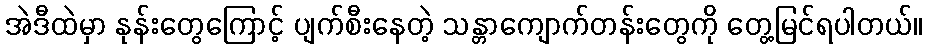
အဲဒီထဲမှာ နုန်းတွေကြောင့် ပျက်စီးနေတဲ့ သန္တာကျောက်တန်းတွေကို တွေ့မြင်ရပါတယ်။